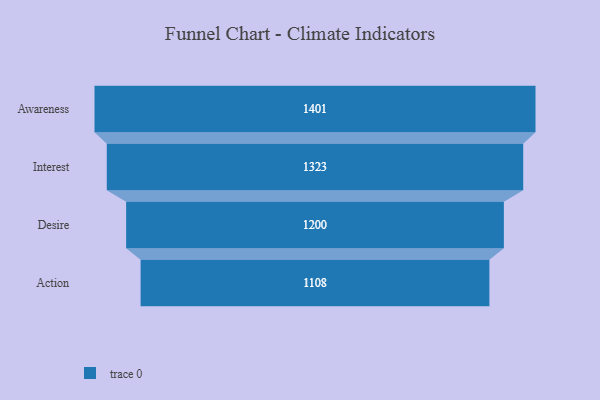
{"axis": {"x": "Stage", "y": "Value"}, "legend": [""], "data": [{"x": "Awareness", "y": 1401.0, "type": ""}, {"x": "Interest", "y": 1323.0, "type": ""}, {"x": "Desire", "y": 1200.0, "type": ""}, {"x": "Action", "y": 1108.0, "type": ""}]}